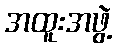
အထူးအဖွဲ့